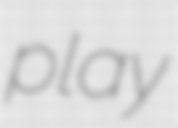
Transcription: play